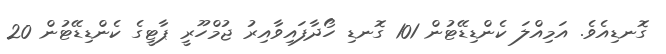
ގޮނޑިއެވެ. އަމިއްލަ ކެންޑިޑޭޓުން 101 ގޮނޑި ހޯދާފައިވާއިރު ޖުމްހޫރީ ޕާޓީގެ ކެންޑިޑޭޓުން 20